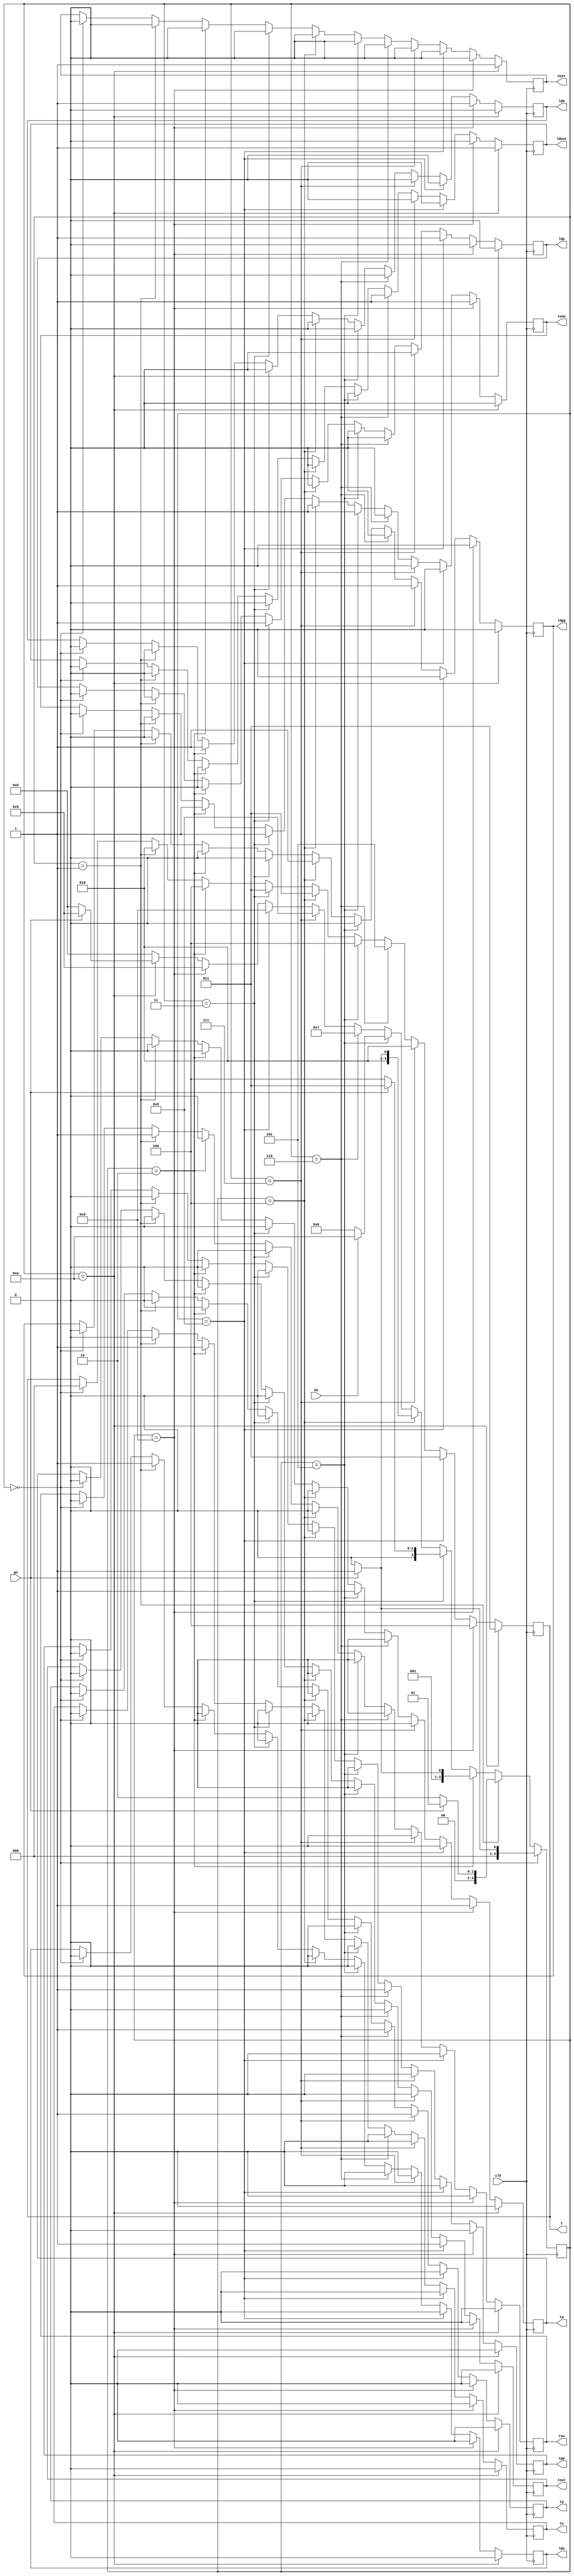
module controller_gr10(input go,input bo,input clk,output reg[2:0]f,output reg over,output reg tsw,output reg ldn,output reg tn,output reg ldm,output reg ldp,output reg ldpp,output reg tm,output reg ldout, output reg tp,output reg tpp,output reg tout,output reg tone
    );
reg [3:0] state;
initial state<=0;
always@(posedge clk)
begin
if (state==0)
   begin
	   if(go==0)
		    state<=0;
		else
          state<=1;		
	end
else if (state==1)
   begin
	   if(go==1)
		    state<=1;
		else
          state<=2;		
	end
else if (state==2)
   begin
	   if(go==0)
		    state<=2;
		else
          state<=3;		
	end
else if (state==3)
   begin
	   if(go==1)
		    state<=3;
		else
          state<=4;		
	end
else if (state==4)
   begin
	   if(go==0)
		    state<=4;
		else
          state<=5;		
	end
else if (state==5)
   begin
	   if(bo==0)
		    state<=6;
		else
          state<=10;		
	end	
else if(state==6)
   state<=7;
else if(state==7)
   state<=8;
else if(state==8)
   state<=9;
else if(state==9)
   state<=5;	
else if(state==10)
   begin
	   if(go==0)
		    state<=11;
		else
          state<=5;		
	end	
else
   state<=11;	
if(state==0)
    begin
	   tsw<=0;
		ldn<=0;
		tn<=0;
		ldm<=0;
		ldp<=0;
		ldpp<=0;
		tm<=0;
		ldout<=0;
		tp<=0;
		tpp<=0;
		tout<=0;
		tone<=0;
		f<=0;
		over<=0;
    end
if(state==1)
    begin
	   tsw<=1;
		ldn<=1;
		tn<=0;
		ldm<=0;
		ldp<=0;
		ldpp<=0;
		tm<=0;
		ldout<=0;
		tp<=0;
		tpp<=0;
		tout<=0;
		tone<=0;
		f<=2;
		over<=0;
    end	
if(state==2)
    begin
	   tsw<=0;
		ldn<=0;
		tn<=1;
		ldm<=1;
		ldp<=0;
		ldpp<=0;
		tm<=0;
		ldout<=0;
		tp<=0;
		tpp<=0;
		tout<=0;
		tone<=1;
		f<=4;
		over<=0;
    end	
if(state==3)
    begin
	   tsw<=0;
		ldn<=0;
		tn<=0;
		ldm<=0;
		ldp<=1;
		ldpp<=0;
		tm<=0;
		ldout<=0;
		tp<=0;
		tpp<=0;
		tout<=0;
		tone<=1;
		f<=3;
		over<=0;
    end	
if(state==4)
    begin
	   tsw<=0;
		ldn<=0;
		tn<=0;
		ldm<=0;
		ldp<=0;
		ldpp<=1;
		tm<=0;
		ldout<=0;
		tp<=0;
		tpp<=0;
		tout<=0;
		tone<=1;
		f<=3;
		over<=0;
    end	
if(state==5)
    begin
	   tsw<=0;
		ldn<=0;
		tn<=0;
		ldm<=0;
		ldp<=0;
		ldpp<=0;
		tm<=1;
		ldout<=0;
		tp<=0;
		tpp<=0;
		tout<=0;
		tone<=1;
		f<=4;
		over<=0;
    end	
if(state==6)
    begin
	   tsw<=0;
		ldn<=0;
		tn<=0;
		ldm<=0;
		ldp<=0;
		ldpp<=0;
		tm<=0;
		ldout<=1;
		tp<=1;
		tpp<=1;
		tout<=0;
		tone<=0;
		f<=5;
		over<=0;
    end	
if(state==7)
    begin
	   tsw<=0;
		ldn<=0;
		tn<=0;
		ldm<=0;
		ldp<=0;
		ldpp<=1;
		tm<=0;
		ldout<=0;
		tp<=1;
		tpp<=0;
		tout<=0;
		tone<=0;
		f<=2;
		over<=0;
    end	
if(state==8)
    begin
	   tsw<=0;
		ldn<=0;
		tn<=0;
		ldm<=0;
		ldp<=1;
		ldpp<=0;
		tm<=0;
		ldout<=0;
		tp<=0;
		tpp<=0;
		tout<=1;
		tone<=0;
		f<=3;
		over<=0;
    end	
if(state==9)
    begin
	   tsw<=0;
		ldn<=0;
		tn<=0;
		ldm<=1;
		ldp<=0;
		ldpp<=0;
		tm<=1;
		ldout<=0;
		tp<=0;
		tpp<=0;
		tout<=0;
		tone<=1;
		f<=4;
		over<=0;
    end	
if(state==10)
    begin
	   tsw<=0;
		ldn<=0;
		tn<=0;
		ldm<=0;
		ldp<=0;
		ldpp<=0;
		tm<=0;
		ldout<=1;
		tp<=0;
		tpp<=0;
		tout<=0;
		tone<=0;
		f<=3;
		over<=1;
    end		 
end
endmodule